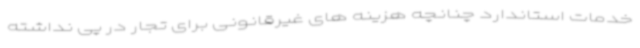
خدمات استاندارد چنانچه هزینه های غیرقانونی برای تجار در پی نداشته